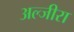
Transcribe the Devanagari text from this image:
अल्जीरा